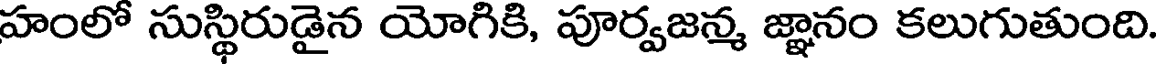
హంలో సుస్థిరుడైన యోగికి, పూర్వజన్మ జ్ఞానం కలుగుతుంది